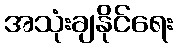
အသုံးချနိုင်ရေး